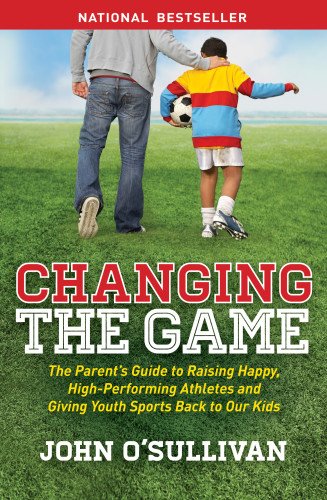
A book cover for Changing the Game: The Parent's Guide to Raising Happy, High Performing Athletes, and Giving Youth Sports Back to our Kids; John O'Sullivan; Sports & Outdoors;